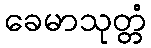
ခေမာသုတ္တံ